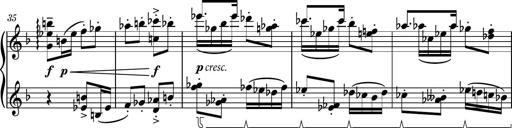
Title: Piano Sonatina No.1
Composer: Dimitri Sykias
Key: D minor